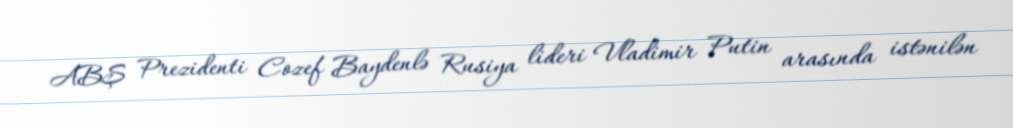
ABŞ Prezidenti Cozef Baydenlə Rusiya lideri Vladimir Putin arasında istənilən